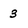
Character: 3